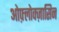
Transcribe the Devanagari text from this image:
ओफ़्लोक्ज़ासिन